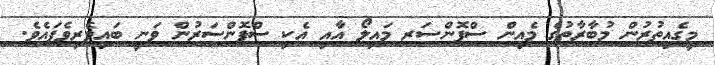
މީގެއިތުރުން މުބާރާތުގެ މެއިން ސްޕޮންސަރ މައިލޯ އާއި އެކި ސްޕޮންސަރުން ވަނީ ބައިވެރިވެފައެވެ.